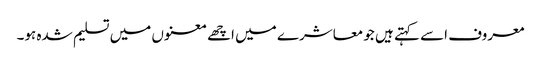
معروف اسے کہتے ہیں جو معاشرے میں اچھے معنوں میں تسلیم شدہ ہو۔